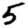
Digit: 5